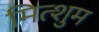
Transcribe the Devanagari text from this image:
मित्शुम